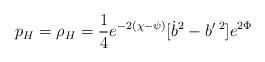
LaTeX: \begin{align*}p_H=\rho _H=\frac 14e^{-2(\chi -\psi )}[\dot b^2-b^{\prime}{}^{\;2}]e^{2\Phi }\end{align*}